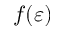
f ( \varepsilon )